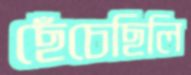
ছেঁচেছিলি